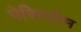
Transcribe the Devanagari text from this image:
पेरिस्टोम